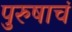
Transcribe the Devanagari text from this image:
पुरुषाचं